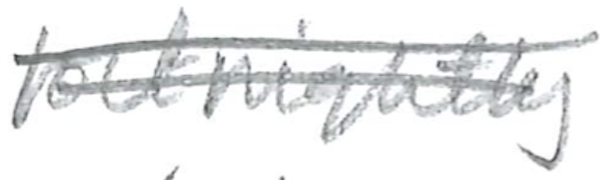
Text: fortnightly
Cross-out: double-line
Writing tool: pencil